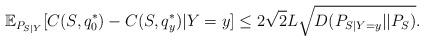
LaTeX: \begin{align*}\mathbb{E}_{P_{S|Y}} [ C(S,q_0^*) - C(S,q_y^*)|Y=y] \le 2 \sqrt{2} L \sqrt{ D(P_{S|Y=y}|| P_S)}. \end{align*}